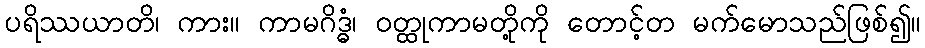
ပရိဿယာတိ၊ ကား။ ကာမဂိဒ္ဓံ၊ ဝတ္ထုကာမတို့ကို တောင့်တ မက်မောသည်ဖြစ်၍။